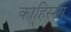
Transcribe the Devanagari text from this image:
काहिस्सा